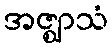
အဇ္ဈာသံ